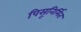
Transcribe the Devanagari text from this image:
पिसूनिर्मित